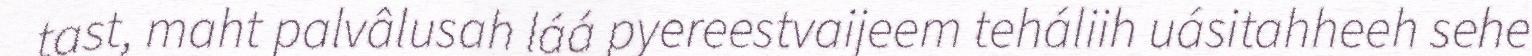
tast, maht palvâlusah láá pyereestvaijeem teháliih uásitahheeh sehe